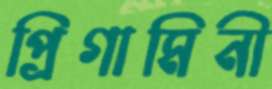
প্রিগামিনী